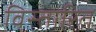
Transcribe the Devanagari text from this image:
विस्तारित